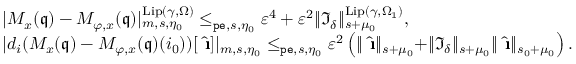
\begin{array} { r l } & { | M _ { x } ( \mathfrak { q } ) - M _ { \varphi , x } ( \mathfrak { q } ) | _ { m , s , \eta _ { 0 } } ^ { \mathrm { L i p } ( \gamma , \Omega ) } \le _ { \mathtt { p e } , s , \eta _ { 0 } } \varepsilon ^ { 4 } + \varepsilon ^ { 2 } \rVert \mathfrak { I } _ { \delta } \rVert _ { s + \mu _ { 0 } } ^ { \mathrm { L i p } ( \gamma , \Omega _ { 1 } ) } , } \\ & { | d _ { i } ( M _ { x } ( \mathfrak { q } ) - M _ { \varphi , x } ( \mathfrak { q } ) ( i _ { 0 } ) ) [ \hat { \textbf { \i } } ] | _ { m , s , \eta _ { 0 } } \le _ { \mathtt { p e } , s , \eta _ { 0 } } \varepsilon ^ { 2 } \left( \rVert \hat { \textbf { \i } } \rVert _ { s + \mu _ { 0 } } + \rVert \mathfrak { I } _ { \delta } \rVert _ { s + \mu _ { 0 } } \rVert \hat { \textbf { \i } } \rVert _ { s _ { 0 } + \mu _ { 0 } } \right) . } \end{array}